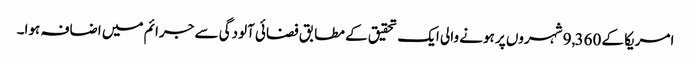
امریکا کے 9,360 شہروں پر ہونے والی ایک تحقیق کے مطابق فضائی آلودگی سے جرائم میں اضافہ ہوا۔